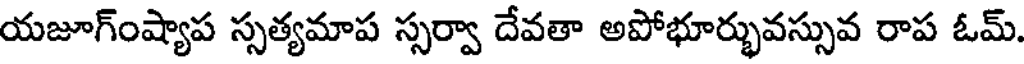
యజూగ్ంష్యాప స్సత్యమాప స్సర్వా దేవతా అపోభూర్భువస్సువ రాప ఓమ్.